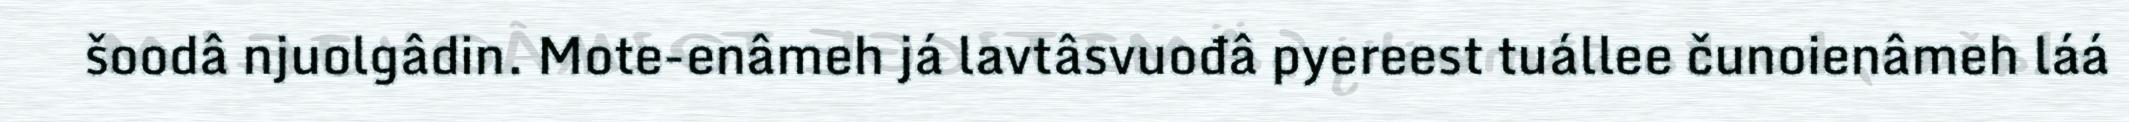
šoodâ njuolgâdin. Mote-enâmeh já lavtâsvuođâ pyereest tuállee čunoienâmeh láá